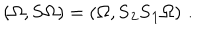
( \Omega , { \bf S } \Omega ) = ( \Omega , { \bf S _ { 2 } S _ { 1 } } \Omega ) \, \, .